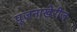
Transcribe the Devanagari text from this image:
पूजनाखेरीज